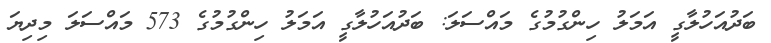
ބަދުއަހުލާގީ އަމަލު ހިންގުމުގެ މައްސަލަ: ބަދުއަހުލާގީ އަމަލު ހިންގުމުގެ 573 މައްސަލަ މިދިޔަ